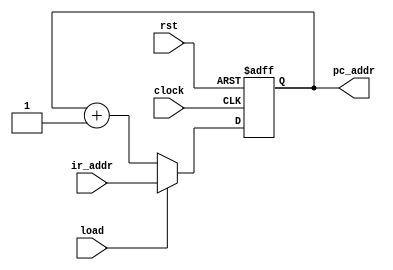
module counter(pc_addr,ir_addr,load,clock,rst);
    output[12:0] pc_addr;
    input[12:0] ir_addr;
    input load,clock,rst;
    reg[12:0] pc_addr;
    
    always @(posedge clock or posedge rst)
       begin
           if(rst)
             pc_addr<=13'h0000;         //cpu
           else
             if(load)
               pc_addr<=ir_addr;        //load 
             else
               pc_addr<=pc_addr+1;      //
       end
endmodule